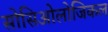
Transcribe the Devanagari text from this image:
सोसिओलोजिकल